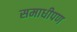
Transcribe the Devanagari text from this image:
समाधीपण